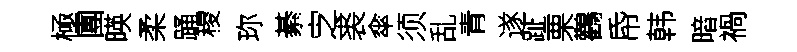
極團暎柔踊稷珎綦㝎裘傘须乱青遂趾栗鸛帋韩暗禍